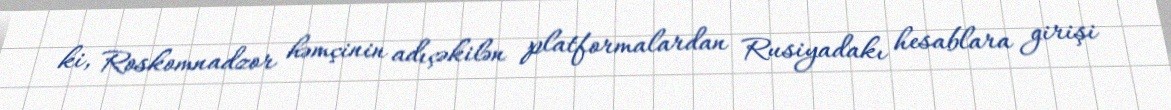
ki, Roskomnadzor həmçinin adıçəkilən platformalardan Rusiyadakı hesablara girişi